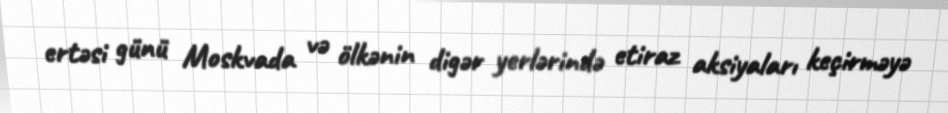
ertəsi günü Moskvada və ölkənin digər yerlərində etiraz aksiyaları keçirməyə